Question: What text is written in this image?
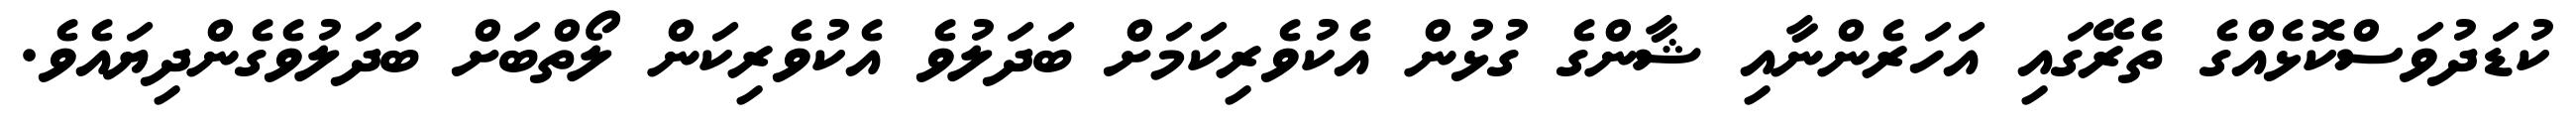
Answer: ކުޑަދުވަސްކޮޅެއްގެ ތެރޭގައި އަހަރެންނާއި ޝާންގެ ގުޅުން އެކުވެރިކަމަށް ބަދަލުވެ އެކުވެރިކަން ލޯތްބަށް ބަދަލުވެގެންދިޔައެވެ.